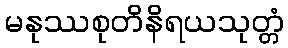
မနုဿစုတိနိရယသုတ္တံ